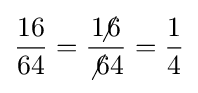
{\frac {16}{64}}={\frac {1\!\!\!\not 6}{\not 64}}={\frac {1}{4}}